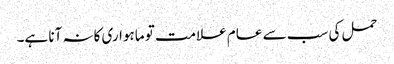
حمل کی سب سے عام علامت تو ماہواری کانہ آنا ہے۔